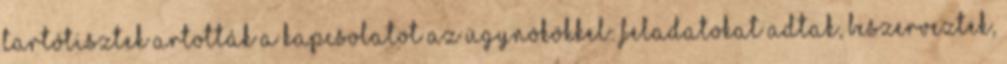
tartótisztek artották a kapcsolatot az ügynökökkel: feladatokat adtak, beszerveztek,